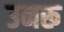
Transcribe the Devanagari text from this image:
उनरू